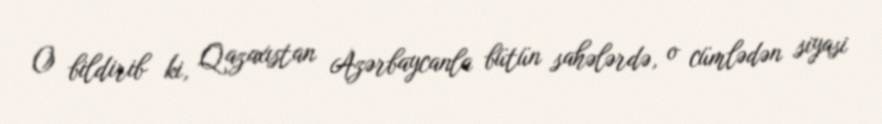
O bildirib ki, Qazaxıstan Azərbaycanla bütün sahələrdə, o cümlədən siyasi